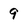
Character: 9